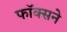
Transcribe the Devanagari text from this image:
फॉक्सने